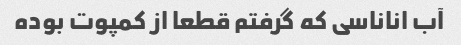
آب اناناسی که گرفتم قطعا از کمپوت بوده